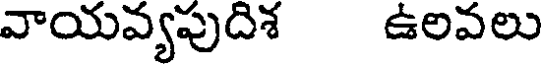
వాయవ్యపుదిశ ఉలవలు